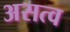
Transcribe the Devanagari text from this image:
असत्व